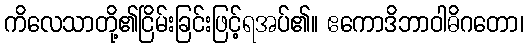
ကိလေသာတို့၏ငြိမ်းခြင်းဖြင့်ရအပ်၏။ ဧကောဒိဘာဝါဓိဂတော၊